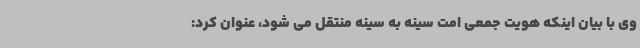
وی با بیان اینکه هویت جمعی امت سینه به سینه منتقل می شود، عنوان کرد: